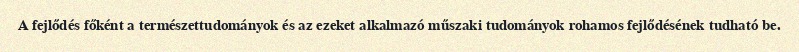
A fejlődés főként a természettudományok és az ezeket alkalmazó műszaki tudományok rohamos fejlődésének tudható be.